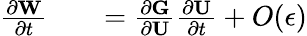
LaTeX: \begin{array}{rlr}{\frac{\partial\textbf{W}}{\partial t}}&{{}}&{=\frac{\partial\textbf{G}}{\partial\textbf{U}}\frac{\partial\textbf{U}}{\partial t}+O(\epsilon)}\end{array}